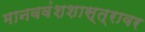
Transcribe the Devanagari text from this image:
मानववंशशास्त्रावर